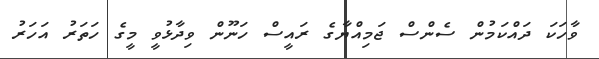
ވާހަކަ ދައްކަމުން ސެންސް ޖަމިއްޔާގެ ރައީސް ހަނޫން ވިދާޅުވީ މީގެ ހަތަރު އަހަރު